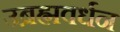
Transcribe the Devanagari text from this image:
उब्रह्मवर्धन